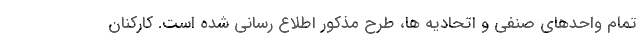
تمام واحدهای صنفی و اتحادیه ها، طرح مذکور اطلاع رسانی شده است. کارکنان